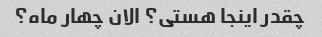
چقدر اینجا هستی؟ الان چهار ماه؟